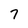
Character: 7